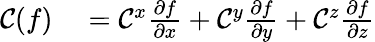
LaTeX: \begin{array}{rl}{\mathcal{C}(f)}&{{}=\mathcal{C}^{x}\frac{\partial f}{\partial x}+\mathcal{C}^{y}\frac{\partial f}{\partial y}+\mathcal{C}^{z}\frac{\partial f}{\partial z}}\end{array}